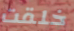
خلقت